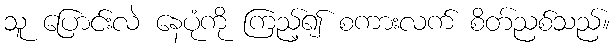
သူ ပြောင်းလဲ နေပုံကို ကြည့်၍ စကားလက် စိတ်ညစ်သည်။